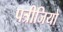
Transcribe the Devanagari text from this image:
पत्रीजियो